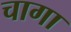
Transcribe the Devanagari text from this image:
चागा